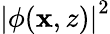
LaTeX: \left|\phi(\mathbf{x},z)\right|^{2}